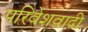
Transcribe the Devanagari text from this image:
परिवेशवादी